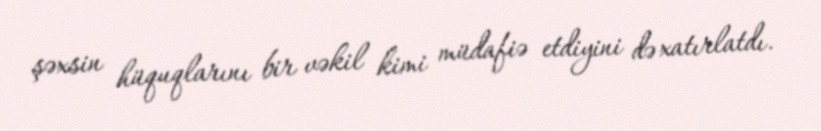
şəxsin hüquqlarını bir vəkil kimi müdafiə etdiyini də xatırlatdı.